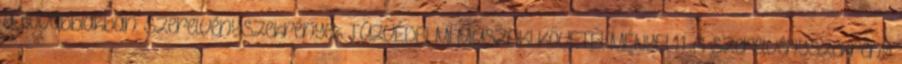
a továbbiakban: szerelvényszekrények TÛZVÉDELMI MÛSZAKI KÖVETELMÉNYEI 1.1. A szerelvényszekrény